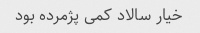
خیار سالاد کمی پژمرده بود